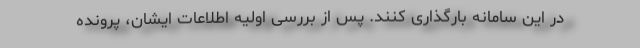
در این سامانه بارگذاری کنند. پس از بررسی اولیه اطلاعات ایشان، پرونده